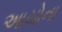
આયોના